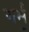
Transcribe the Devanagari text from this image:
गर्भं॒